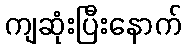
ကျဆုံးပြီးနောက်